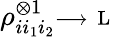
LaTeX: \rho_{ii_{1}i_{2}}^{\otimes 1}\substack{\longrightarrow\, \mathrm{~L~}}